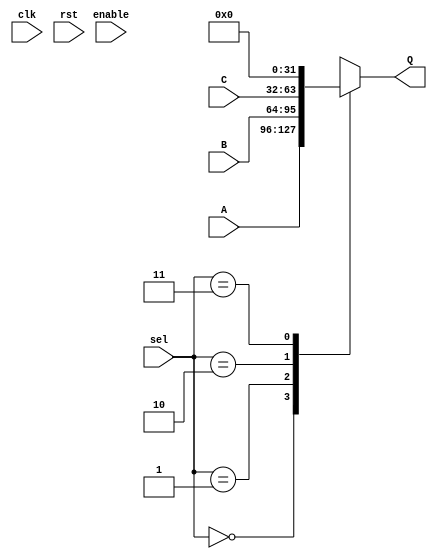
module Mux_3in_1out #(parameter LENGTH = 32)(
    //Multiplexor que elige que es lo que se vera en la salida tx
    //Entradas y salidas del multiplexor
    input clk, rst, enable,
    input [LENGTH-1:0]A, 
    input [LENGTH-1:0]B,
	 input [LENGTH-1:0]C,
    input [1:0] sel,
    output reg [LENGTH-1:0]Q
    );

//En que estado nos encontramos para decidir la salida
localparam A_TO_OUT		= 2'b00;
localparam B_TO_OUT		= 2'b01;
localparam C_TO_OUT		= 2'b10;
localparam NONE_TO_OUT	= 2'b11;


always @*
begin
//	if (rst)
//		Q <= {LENGTH{1'b0}};
//	else
//		if (enable)
			case (sel)
			//Envia a tx el valor correspondiente al estado de la FSM en que se encuentra
			A_TO_OUT: Q <= A;
			B_TO_OUT: Q <= B;
			C_TO_OUT: Q <= C;
			NONE_TO_OUT: Q <= 'h0;	
			default: Q <= 'h0;
			endcase
//		else
//			Q <= Q;			
end
endmodule